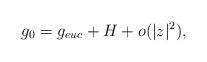
LaTeX: \begin{align*}g_{0}= g_{euc}+H + o(|z|^2), \end{align*}